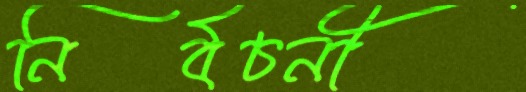
নির্বচনী